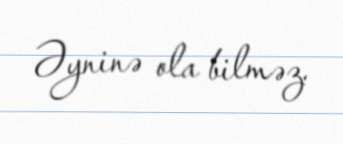
Əyninə ola bilməz.